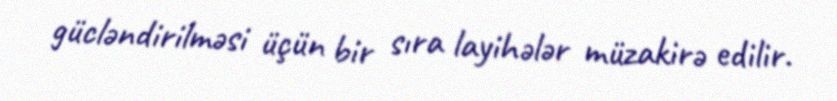
gücləndirilməsi üçün bir sıra layihələr müzakirə edilir.